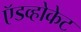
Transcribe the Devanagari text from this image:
ऍडव्होकेट